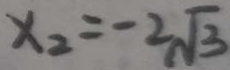
x _ { 2 } = - 2 \sqrt { 3 }